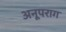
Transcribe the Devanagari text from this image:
अनूपराग